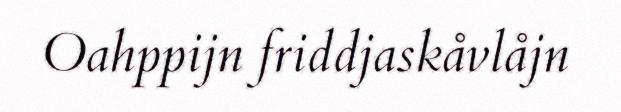
Oahppijn friddjaskåvlåjn